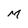
Character: M